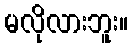
မလိုလားဘူး။